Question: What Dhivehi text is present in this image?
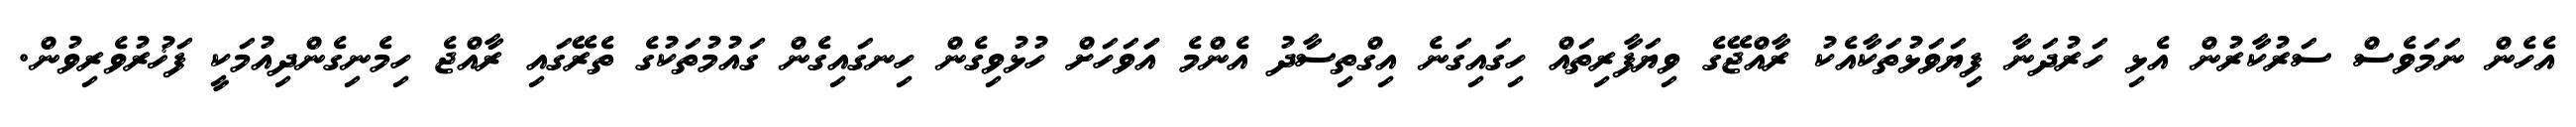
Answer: އެހެން ނަމަވެސް ސަރުކާރުން އެޅި ހަރުދަނާ ފިޔަވަޅުތަކާއެކު ރާއްޖޭގެ ވިޔަފާރިތައް ހިގައިގަނެ އިގްތިސާދު އެންމެ އަަވަހަށް ހުޅުވިގެން ހިނގައިގެން ގައުމުތަކުގެ ތެރޭގައި ރާއްޖެ ހިމެނިގެންދިއުމަކީ ފަޚުރުވެރިވުން.